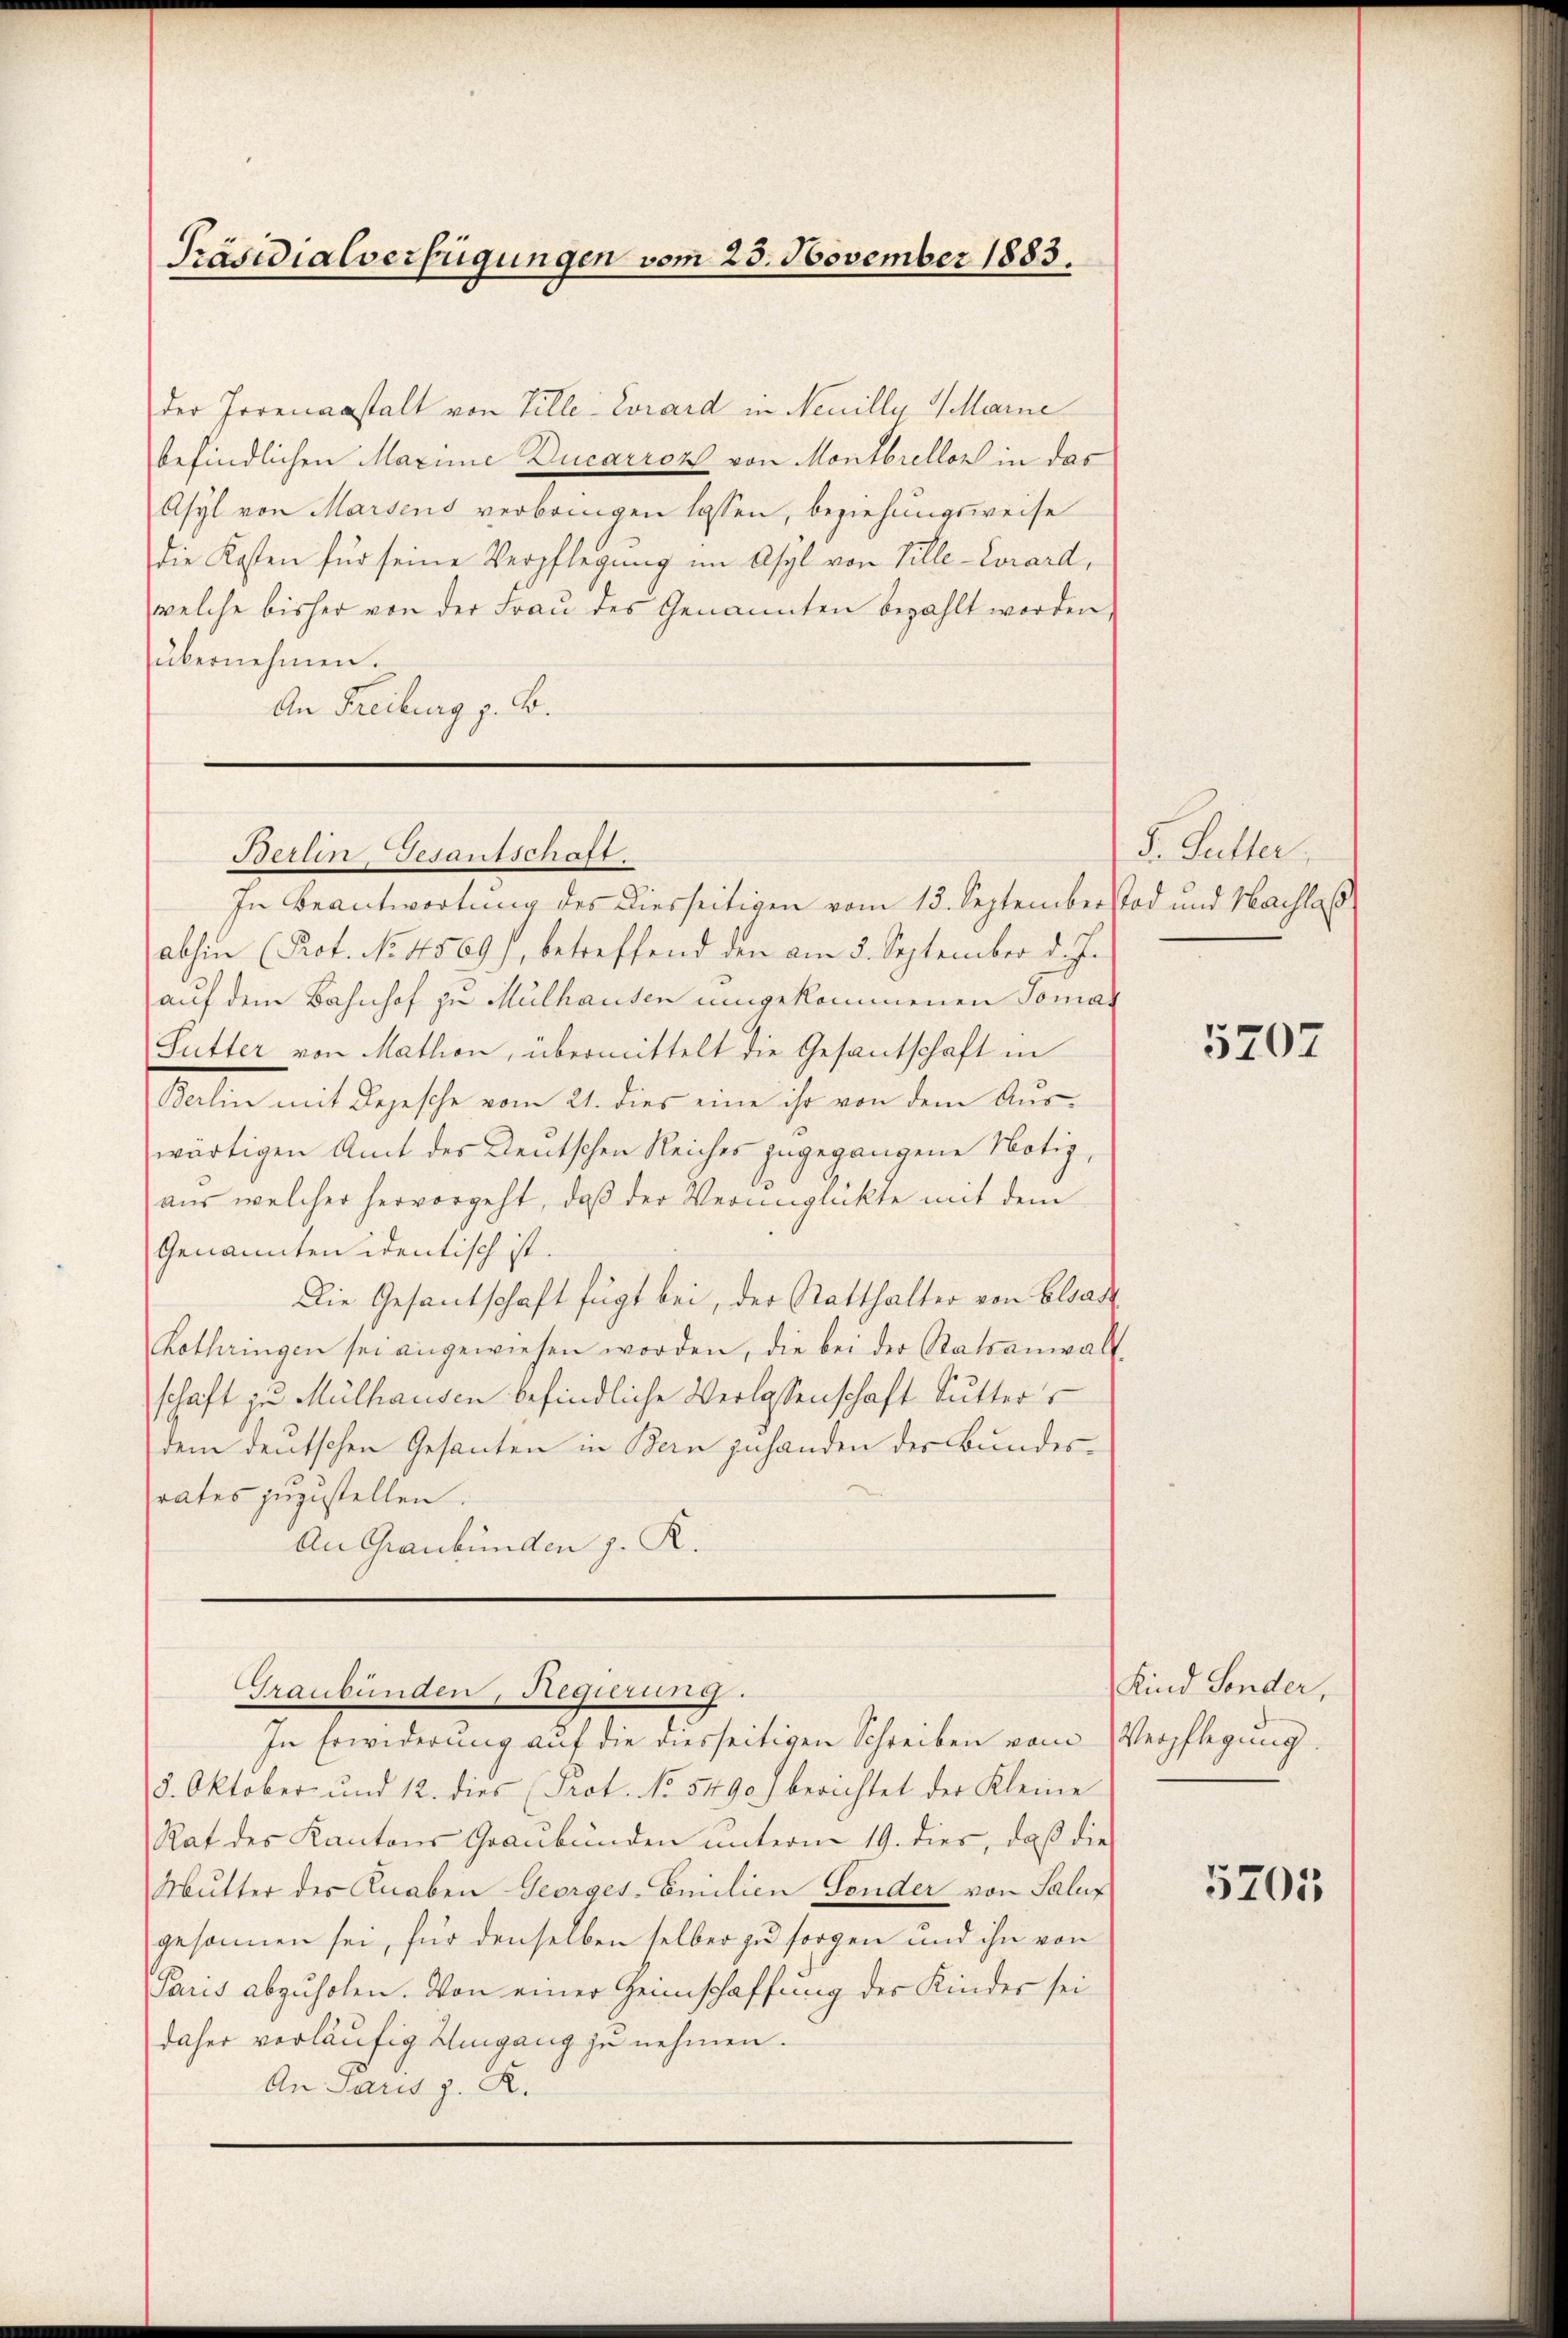
Präsidialverfügungen vom 23. November 1883.

der Irrenanstalt von Ville Corard in Neuilly, Warne
befindlichen Maxime Ducarron von Montbrellon in das
Asyl von Marsens verbringen lassen, beziehungsweise
die Kosten für seine Verpflegung im Asyl von Pille-Corard,
welche bisher von der Fraŭ des Genannten bezahlt worden,
übernehmen.
An Freiburg z. B.

Berlin Gesantschaft.

In Beantwortung des Diesseitigen vom 13. September Tod und Nachlas
abhin (Prof. No. 4569), betreffend den am 3. September d. J.
auf dem Bahnhof zu Mülhausen umgekommenen Toman
Sutter von Mathion, übermittelt die Gesantschaft in
Balin mit Depesche vom 21. dies eine ihr von dem Aŭs-
wärtigen Amt des Deutschen Reiches zugegangene Notiz,
aus welcher hervorgeht, daβ der Verunglückte mit dem
Genannten identisch ist.
Die Gesantschaft fügt bei, der Statthalter von Elsas
Kothringen sei angewiesen worden, die bei der Ratsanwalt-
schaft zu Mülhausen befindliche Verlassenschaft Sutter
dem deutschen Gesanten in Bern zuhanden der Bundesrates zuzustellen.
An Graubünden z. R.

8. Oktober und 12. dies (Prot. No. 5490) berichtet der Kleine
Rat des Kantons Graubünden ŭnterm 19. dies, daβ die
Mutter des Knaben Georges-Emilien Fonder von Saluz
gesannen sei, für denselben selber zu sorgen und ihn von
Paris abzuholen. Von einer Heimschaffung des Kinder sei
daher vorläufig Umgang zu nehmen.
An Paris z. R.

Graubünden, Regierung.
In Erwiderung auf die diesseitigen Schreiben vom Verpflegung

F. Galler,

5707

Kind Sonder,

5705